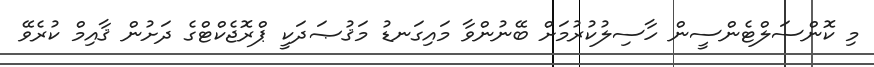
މި ކޮންސަލްޓެންސީން ހާސިލުކުރުމަށް ބޭނުންވާ މައިގަނޑު މަޤުޞަދަކީ ޕްރޮޖެކްޓްގެ ދަށުން ޤާއިމް ކުރެވޭ